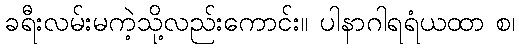
ခရီးလမ်းမကဲ့သို့လည်းကောင်း။ ပါနာဂါရရံယထာ စ၊